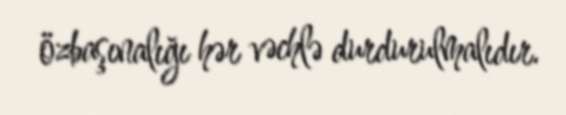
özbaşınalığı hər vəchlə durdurulmalıdır.